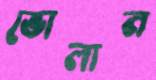
ভোলান